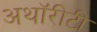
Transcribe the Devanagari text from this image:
अथॉरीटी